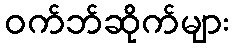
ဝက်ဘ်ဆိုက်များ